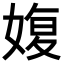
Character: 𡞪